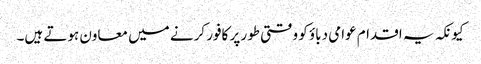
کیونکہ یہ اقدام عوامی دباؤ کو وقتی طور پر کافور کرنے میں معاون ہوتے ہیں۔